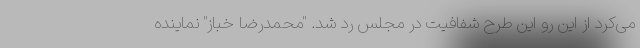
می‌کرد از این رو این طرح شفافیت در مجلس رد شد. "محمدرضا خباز" نماینده